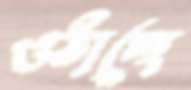
ওঠাচ্ছে